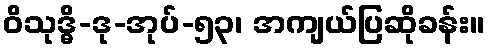
ဝိသုဒ္ဓိ-ဒု-အုပ်-၅၃၊ အကျယ်ပြဆိုခန်း။